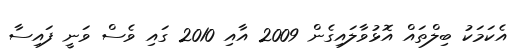
އެކަމަކު ބިލްތައް އޮޅުވާލައިގެން 2009 އާއި 2010 ގައި ވެސް ވަނީ ފައިސާ